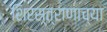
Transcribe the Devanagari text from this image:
शिरस्त्राणाच्या